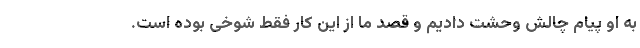
به او پیام چالش وحشت دادیم و قصد ما از این کار فقط شوخی بوده است.